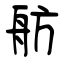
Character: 舫